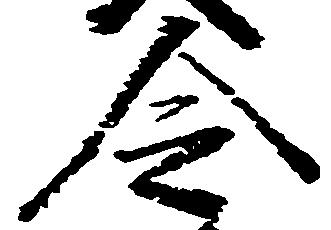
令